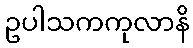
ဥပါသကကုလာနိ